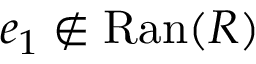
e _ { 1 } \not \in \mathrm { R a n } ( R )